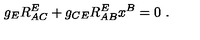
g _ { E } R _ { A C } ^ { E } + g _ { C E } R _ { A B } ^ { E } x ^ { B } = 0 \ .